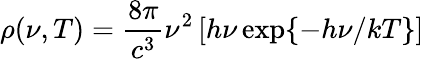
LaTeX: \rho(\nu,T)=\frac{8\pi}{c^{3}}\nu^{2}\, [h\nu\exp\{ -h\nu/kT\} ]